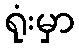
ရုံးမှာ